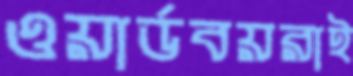
ওয়ার্ডবয়রাই